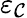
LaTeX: \varepsilon_{\mathcal{C}}